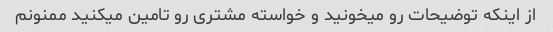
از اینکه توضیحات رو میخونید و خواسته مشتری رو تامین میکنید ممنونم